Leaving Certificate Examination, 1925
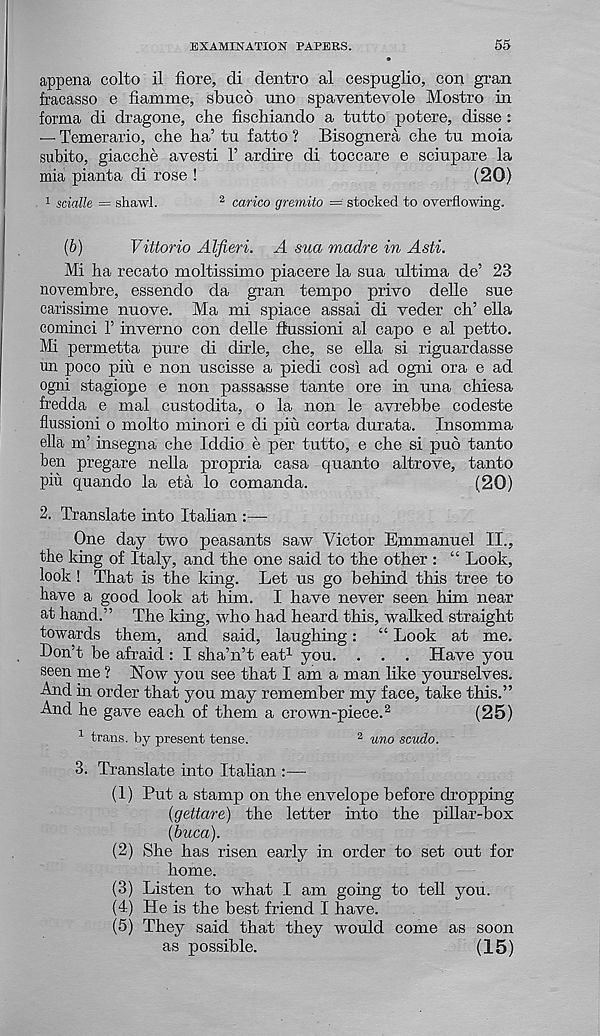
EXAMINATION PAPERS.
55
appena colto il fiore, di dentro al cespuglio, con gran
fracasso e fiamme, sbuco uno spaventevole Mostro in
forma di dragone, che fischiando a tutto potere, disse :
— Temerario, che ha’ tu fatto ? Bisognera che tu moia
subito, giacche avesti 1’ ardire di toccare e sciupare la
mia pianta di rose !
(20)
1 scialle = shawl.
2 carico gremito = stocked to overflowing.
(6)
Vittorio Alfieri. A sua madre in Asti.
Mi ha recato moltissimo piacere la sua ultima de’ 23
novembre, essendo da gran tempo privo delle sue
carissime nuove. Ma mi spiace assai di veder ch’ ella
cominci 1’ inverno con delle ffussioni al capo e al petto.
Mi permetta pure di dixie, che, se ella si riguardasse
un poco piii e non uscisse a piedi cosi ad ogni ora e ad
ogni stagiope e non passasse tante ore in una chiesa
fredda e mal custodita, o la non le avrebbe codeste
flussioni o molto mmori e di piu corta durata. Insomma
ella m’ insegna che Iddio e per tutto, e che si pud tanto
ben pregare nella propria casa quanto altrove, tanto
pin quando la eta lo comanda.
(20)
2. Translate into Italian —-
One day two peasants saw Victor Emmanuel II.,
the king of Italy, and the one said to the other : “ Look,
look! That is the king. Let us go behind this tree to
have a good look at him. I have never seen him near
at hand.” The king, who had heard this, walked straight
towards them, and said, laughing: “ Look at me.
Don’t be afraid : I sha’n’t eat 1 you. . . . Have you
seen me ? Now you see that I am a man like yourselves.
And in order that you may remember my face, take this.”
And he gave each of them a crown-piece. 2
(25)
1 trans. by present tense.
2 uno scudo.
3. Translate into Italian :—
(1) Put a stamp on the envelope before dropping
{gettare) the letter into the pillar-box
(buca).
(2) She has risen early in order to set out for
home.
(3) Listen to what I am going to tell you.
(4) He is the best friend I have.
(5) They said that they would come as soon
as possible.
(15)